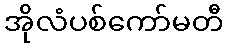
အိုလံပစ်ကော်မတီ